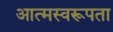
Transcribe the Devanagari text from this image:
आत्मस्वरूपता